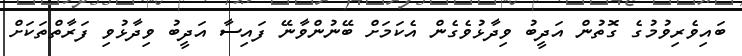
ބައިވެރިވުމުގެ ގޮތުން އަދީބު ވިދާޅުވެގެން އެކަމަށް ބޭނުންވާނޭ ފައިސާ އަދީބު ވިދާޅުވި ފަރާތްތަކަށް